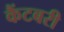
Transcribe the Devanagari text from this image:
कैंटबरी